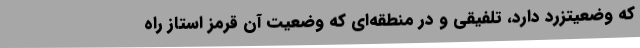
که وضعیتزرد دارد، تلفیقی و در منطقه‌ای که وضعیت آن قرمز استاز راه